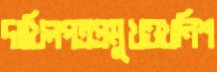
দাখিলপত্রপ্রমুখওখনিশ